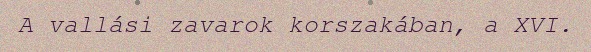
A vallási zavarok korszakában, a XVI.